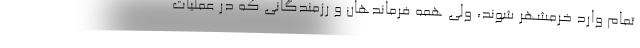
تمام وارد خرمشهر شوند، ولی همه فرماندهان و رزمندگانی که در عملیات